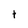
Character: t